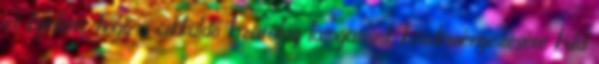
és kijelenti, hogy a cikküldő kizárólag látogatóink kezdeményezésére küld